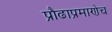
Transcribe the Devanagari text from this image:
प्रौढाप्रमाणेच